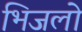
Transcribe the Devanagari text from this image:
भिजलो